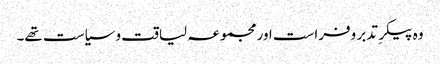
وہ پیکرِ تدبر وفراست اور مجموعہ لیاقت و سیاست تھے۔